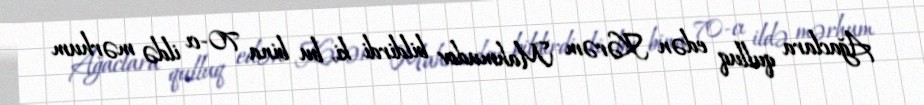
Ağaclara qulluq edən Kərəm Mahmudov bildirdi ki, bu bina 70-cı ildə mərhum